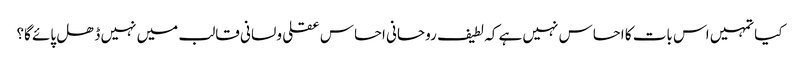
کیا تمہیں اس بات کا احساس نہیں ہے کہ لطیف روحانی احساس عقلی و لسانی قالب میں نہیں ڈھل پائے گا؟